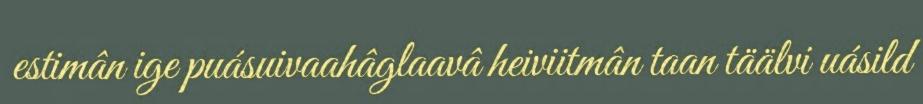
estimân ige puásuivaahâglaavâ heiviitmân taan täälvi uásild